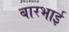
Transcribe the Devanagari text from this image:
बारभाई